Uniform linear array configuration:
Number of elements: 8
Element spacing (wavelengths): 0.5
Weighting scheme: exponential
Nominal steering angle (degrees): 45
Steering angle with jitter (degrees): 44.202
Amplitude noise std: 0.05
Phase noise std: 0.05

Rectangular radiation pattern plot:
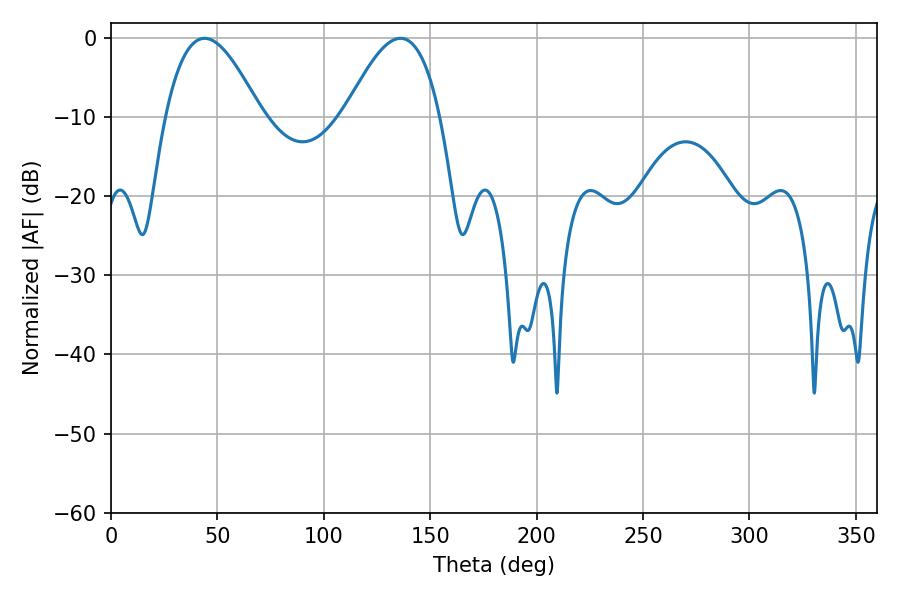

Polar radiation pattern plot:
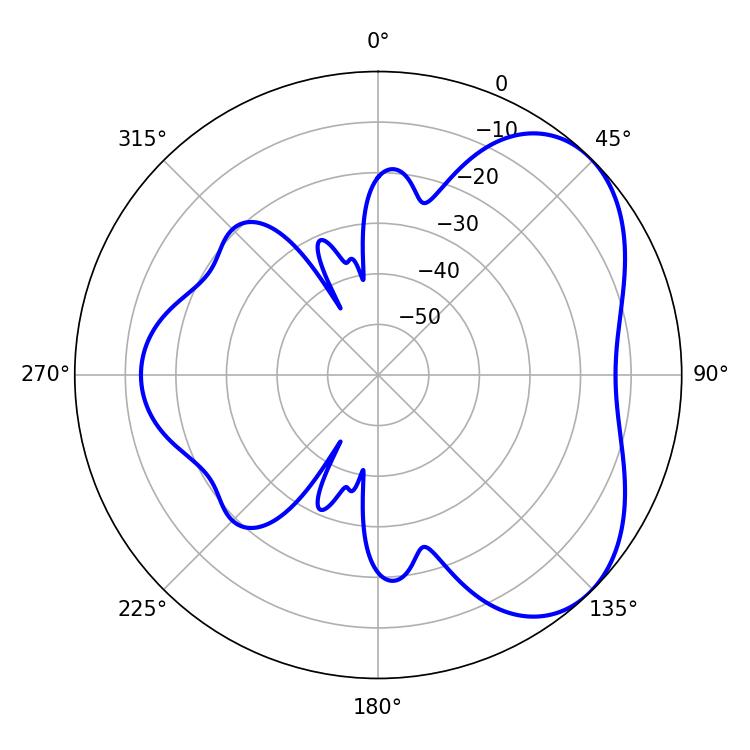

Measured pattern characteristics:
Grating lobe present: FALSE
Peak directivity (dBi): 4.844
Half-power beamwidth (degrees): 24.3
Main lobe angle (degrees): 136.08